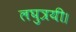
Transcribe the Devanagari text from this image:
लघुत्रयी।